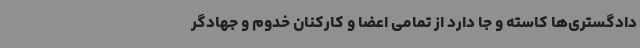
دادگستری‌ها کاسته و جا دارد از تمامی اعضا و کارکنان خدوم و جهادگر